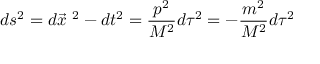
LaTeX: d s ^ { 2 } = d \vec { x } \ ^ { 2 } - d t ^ { 2 } = \frac { p ^ { 2 } } { M ^ { 2 } } d \tau ^ { 2 } = - \frac { m ^ { 2 } } { M ^ { 2 } } d \tau ^ { 2 }